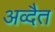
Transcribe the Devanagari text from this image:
अव्दैत